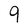
Character: 9